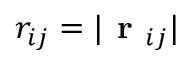
r _ { i j } = | \textbf { r } _ { i j } |